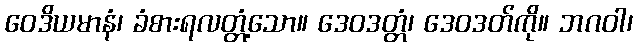
ဝေဒိယမာနံ၊ ခံစားရလတ္တံ့သော။ ဒေဝဒတ္တံ၊ ဒေဝဒတ်ကို။ ဘဂဝါ၊